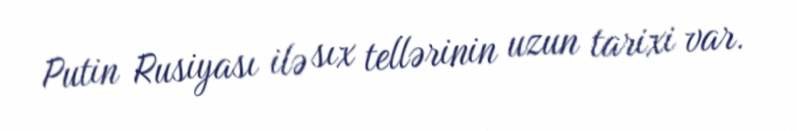
Putin Rusiyası ilə sıx tellərinin uzun tarixi var.